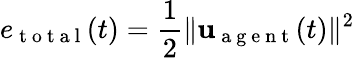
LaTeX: e_{\mathrm{~t~o~t~a~l~}}(t)=\frac{1}{2}\| \mathbf{u}_{\mathrm{~a~g~e~n~t~}}(t)\| ^{2}